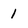
Character: 1